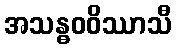
အသန္ဓဝဝိဿာသီ